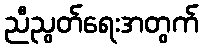
ညီညွတ်ရေးအတွက်